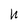
Character: h